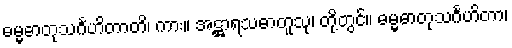
ဓမ္မဓာတုသင်္ဂဟိတာတိ၊ ကား။ အဋ္ဌာရသဓာတူသု၊ တို့တွင်။ ဓမ္မဓာတုသင်္ဂဟိတာ၊